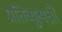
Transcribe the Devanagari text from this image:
प्रतिव्युत्पन्नों